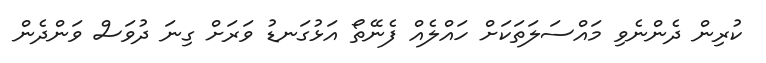
ކުރިން ދެންނެވި މައްސަލަތަކަށް ހައްލެއް ފެނޭތޯ އަޅުގަނޑު ވަރަށް ގިނަ ދުވަސް ވަންދެން